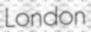
London